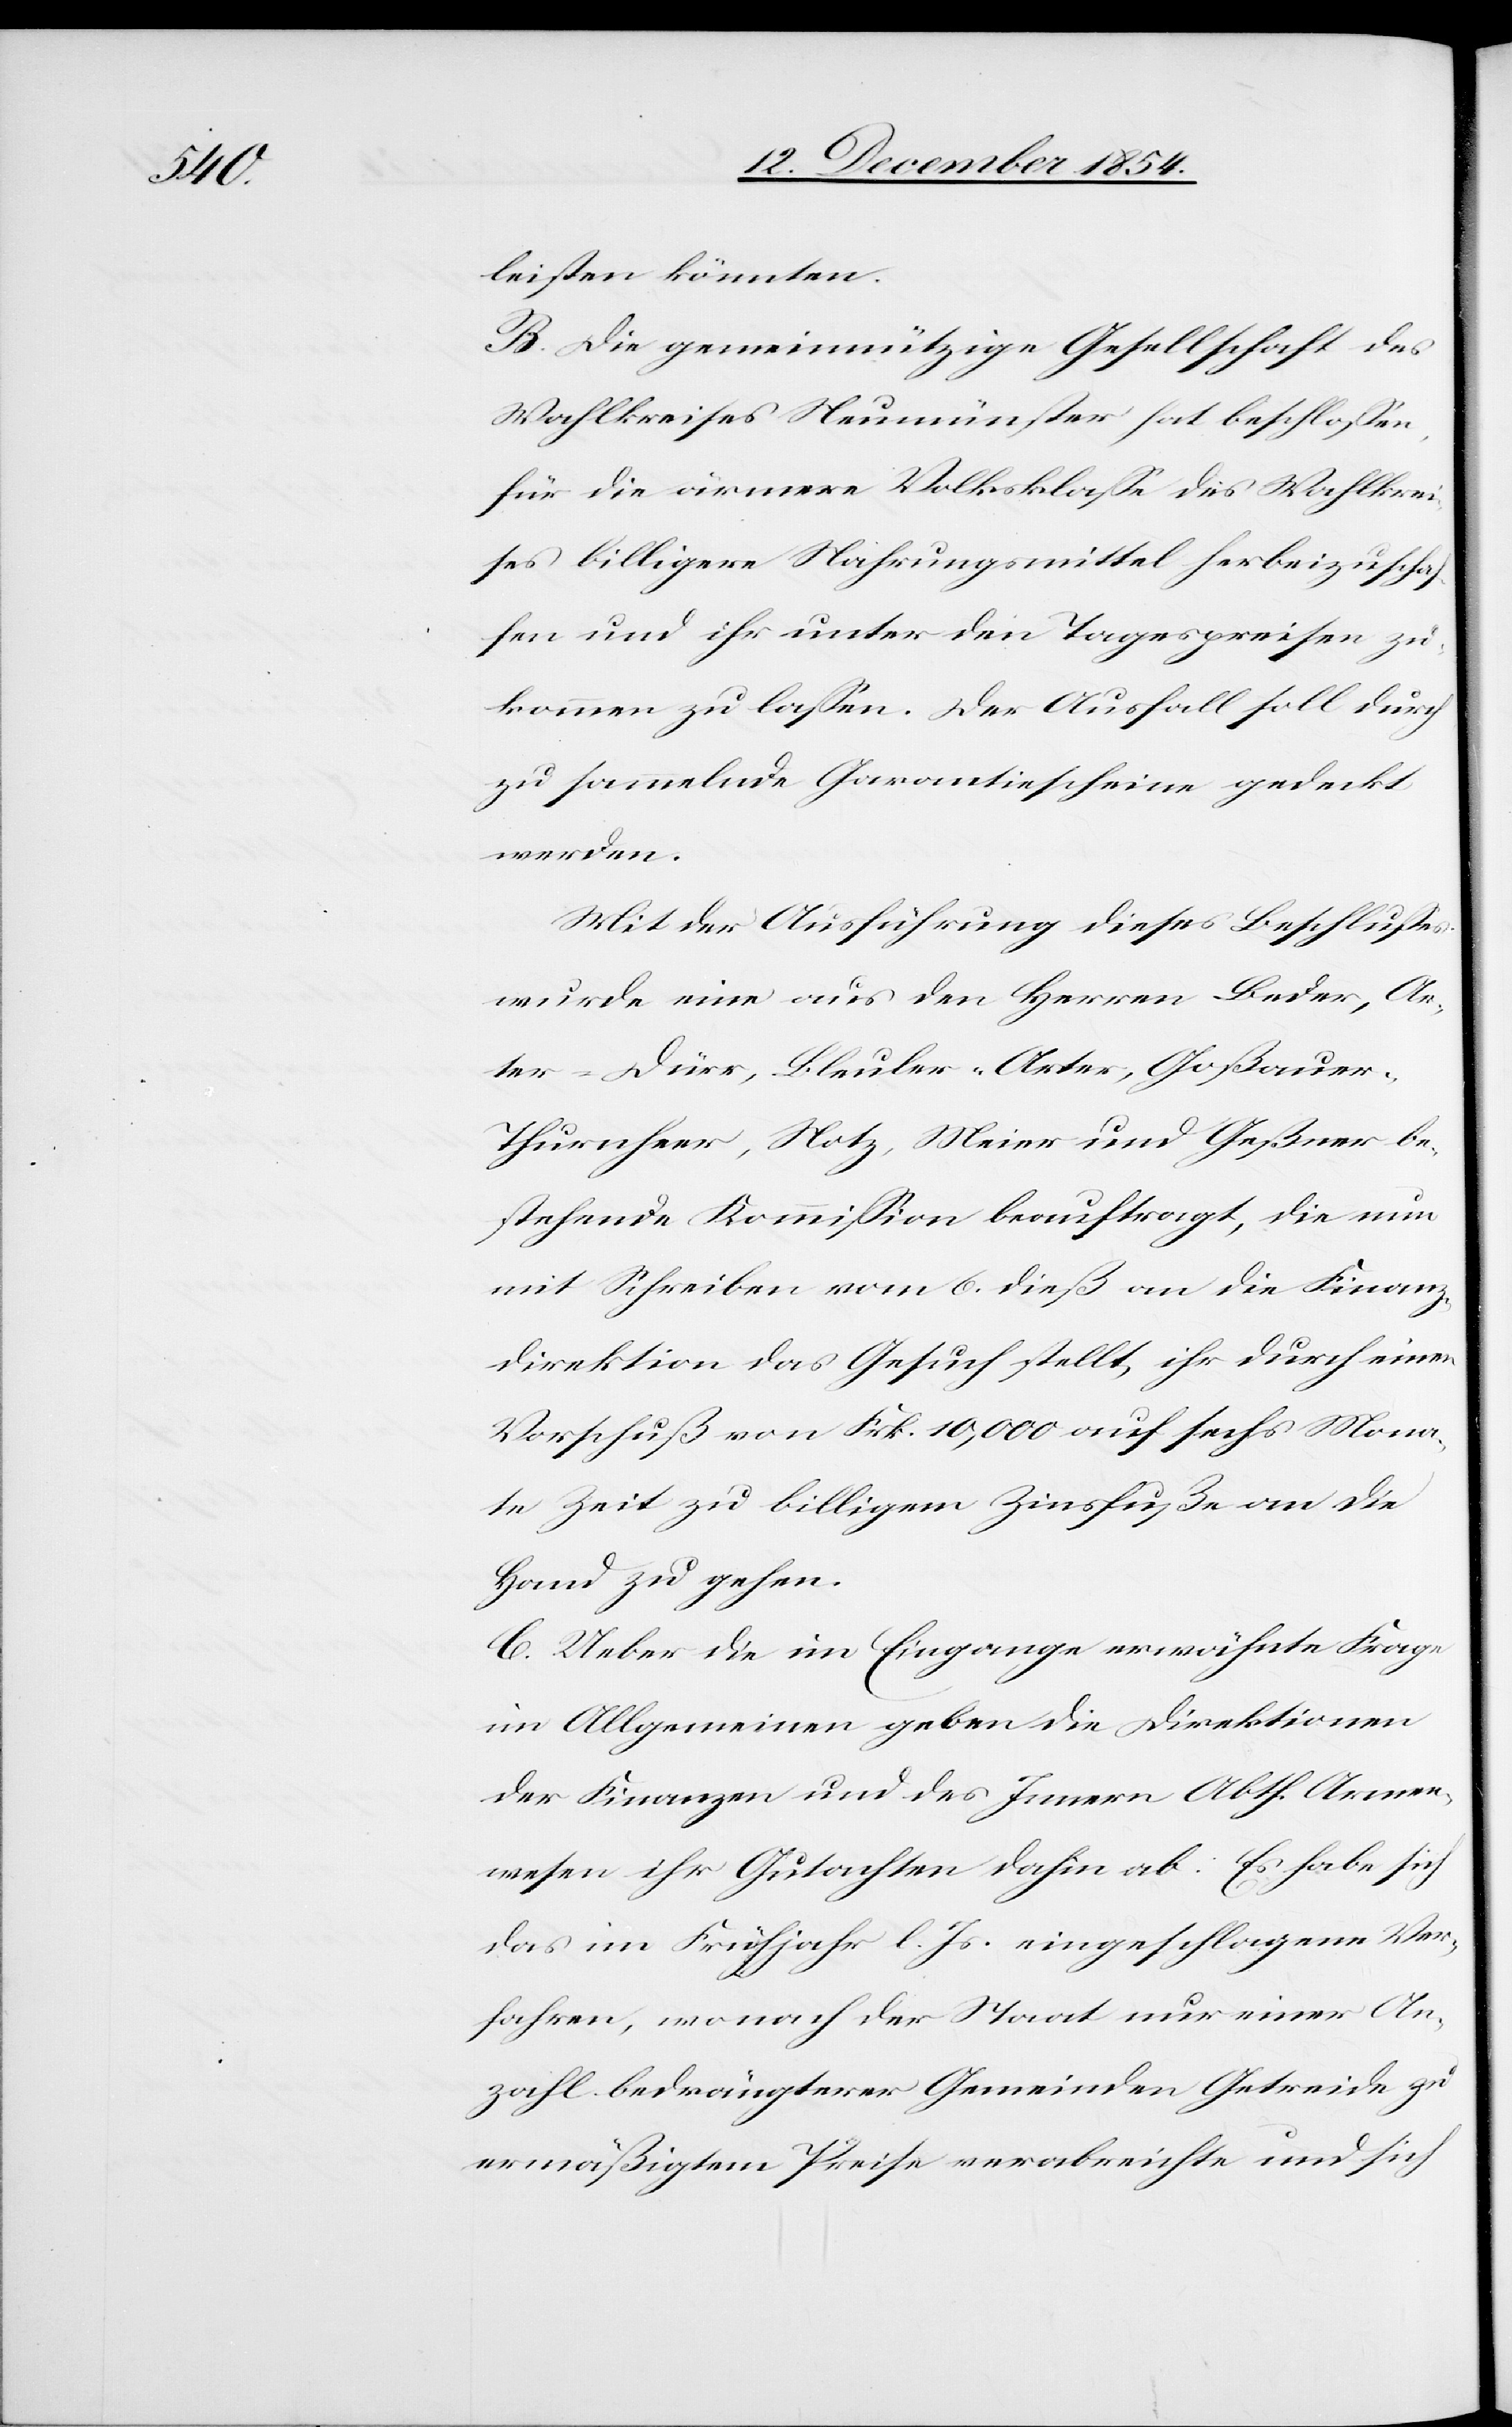
leisten könnten.
B. Die gemeinnützige Gesellschaft des
Wahlkreises Neumünster hat beschloßen,
für die ärmere Volksklaße des Wahlkrei¬
ses billigere Nahrungsmittel herbeizuschaf¬
fen und ihr unter den Tagespreisen zu¬
kommen zu laßen. Der Ausfall soll durch
zu sammelnde Garantiescheine gedeckt
werden.
Mit der Ausführung dieses Beschlußes
wurde eine aus den Herren Beder, Ar¬
ter-Dürr, Bleuler-Arter, Goßauer-T¬
hurnheer, Notz, Meier und Geßner be¬
stehende Kommißion beauftragt, die nun
mit Schreiben vom 6. dieß an die Finanz¬
direktion das Gesuch stellt, ihr durch einen
Vorschuß von Frk. 10,000 auf sechs Mona¬
te Zeit zu billigem Zinsfuße an die
Hand zu gehen.
C. Ueber die im Eingange erwähnte Frage
im Allgemeinen geben die Direktionen
der Finanzen und des Innern Abth. Armen¬
wesen ihr Gutachten dahin ab: Es habe sich
das im Frühjahr l. Js. eingeschlagene Ver¬
fahren, wonach der Staat nur einer An¬
zahl bedrängterer Gemeinden Getreide zu
ermäßigtem Preise verabreichte und sich